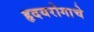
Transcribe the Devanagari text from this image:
हृदयरोगाचे